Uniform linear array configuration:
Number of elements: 4
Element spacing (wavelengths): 0.75
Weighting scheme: blackman
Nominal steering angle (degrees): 60
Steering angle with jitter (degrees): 58.876
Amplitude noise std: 0.05
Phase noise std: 0.05

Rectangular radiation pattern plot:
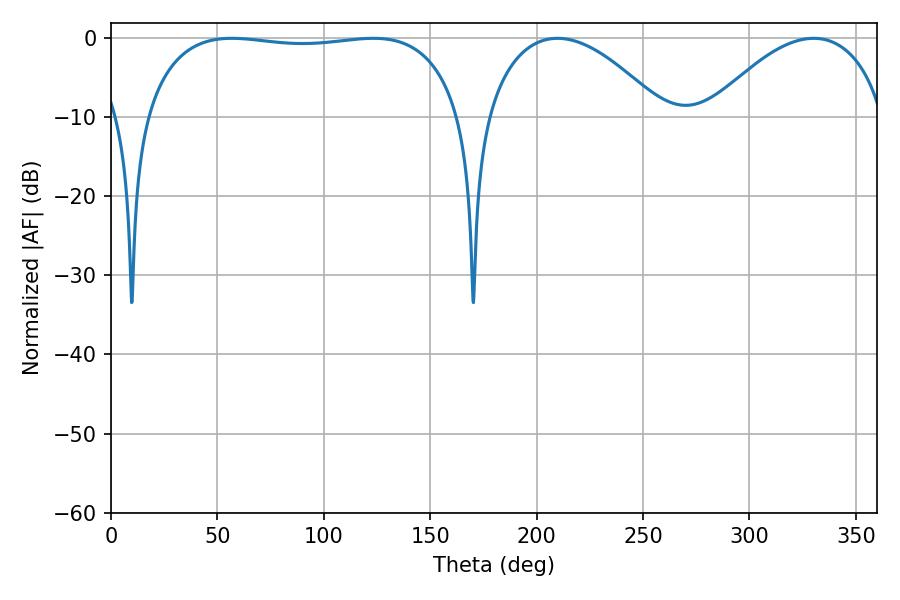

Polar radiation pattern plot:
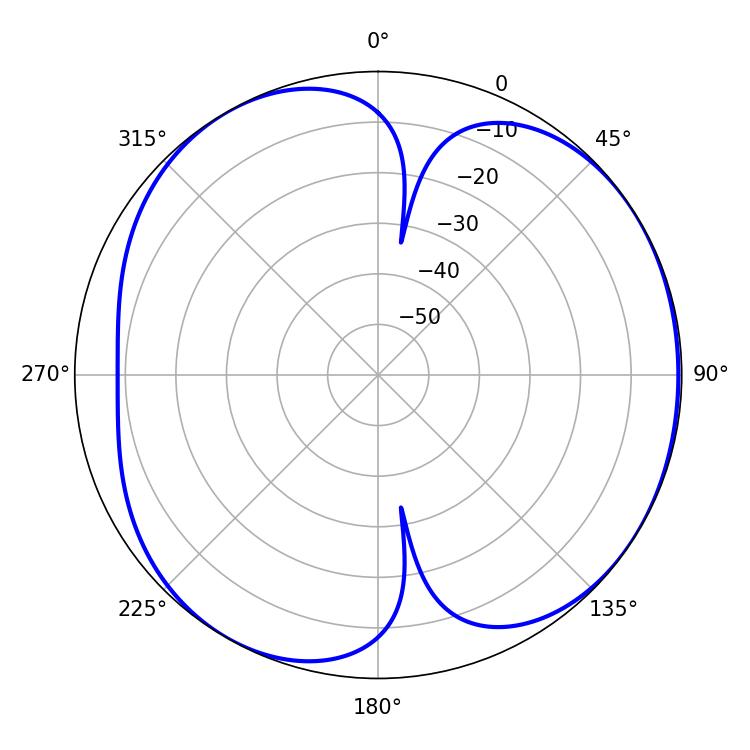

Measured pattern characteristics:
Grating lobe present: TRUE
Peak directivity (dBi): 4.989
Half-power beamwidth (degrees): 119.52
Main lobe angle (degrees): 123.3